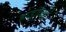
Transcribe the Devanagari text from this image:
हाड्रॉक्सी